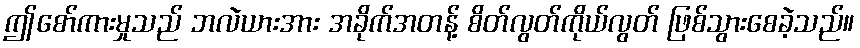
ဤစော်ကားမှုသည် ဘလဲယားအား အခိုက်အတန့် စိတ်လွတ်ကိုယ်လွတ် ဖြစ်သွားစေခဲ့သည်။